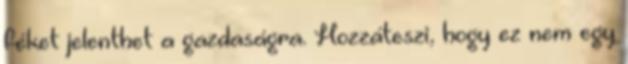
féket jelenthet a gazdaságra. Hozzáteszi, hogy ez nem egy